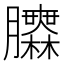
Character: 𦣌